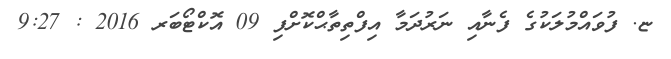
ޏ. ފުވައްމުލަކުގެ ފެނާއި ނަރުދަމާ އިފްތިތާޙްކޮށްފި 09 އޮކްޓޯބަރ 2016 : 9:27